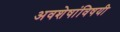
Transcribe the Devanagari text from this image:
अवशेषांविषयी